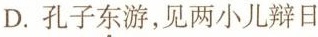
D.孔子\underset{·}{东}游，见两小儿辩日